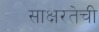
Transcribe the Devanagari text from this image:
साक्षरतेची